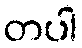
တပါ